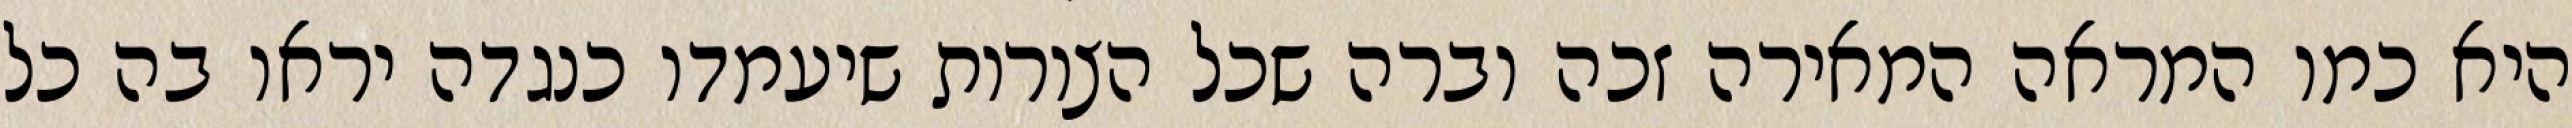
היא כמו המראה המאירה זכה וברה שכל הצורות שיעמדו כנגדה יראו בה כל